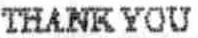
THANK YOU